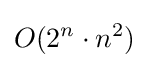
O(2^{n}\cdot n^{2})